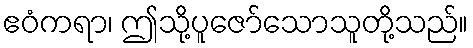
ဧဝံကရာ၊ ဤသို့ပူဇော်သောသူတို့သည်။